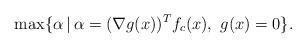
LaTeX: \begin{align*}\max\{\alpha\,|\,\alpha=(\nabla g(x))^Tf_c(x), ~g(x)=0\}.\end{align*}